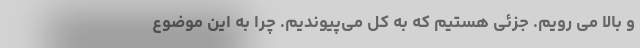
و بالا می رویم. جزئی هستیم که به کل می‌پیوندیم. چرا به این موضوع